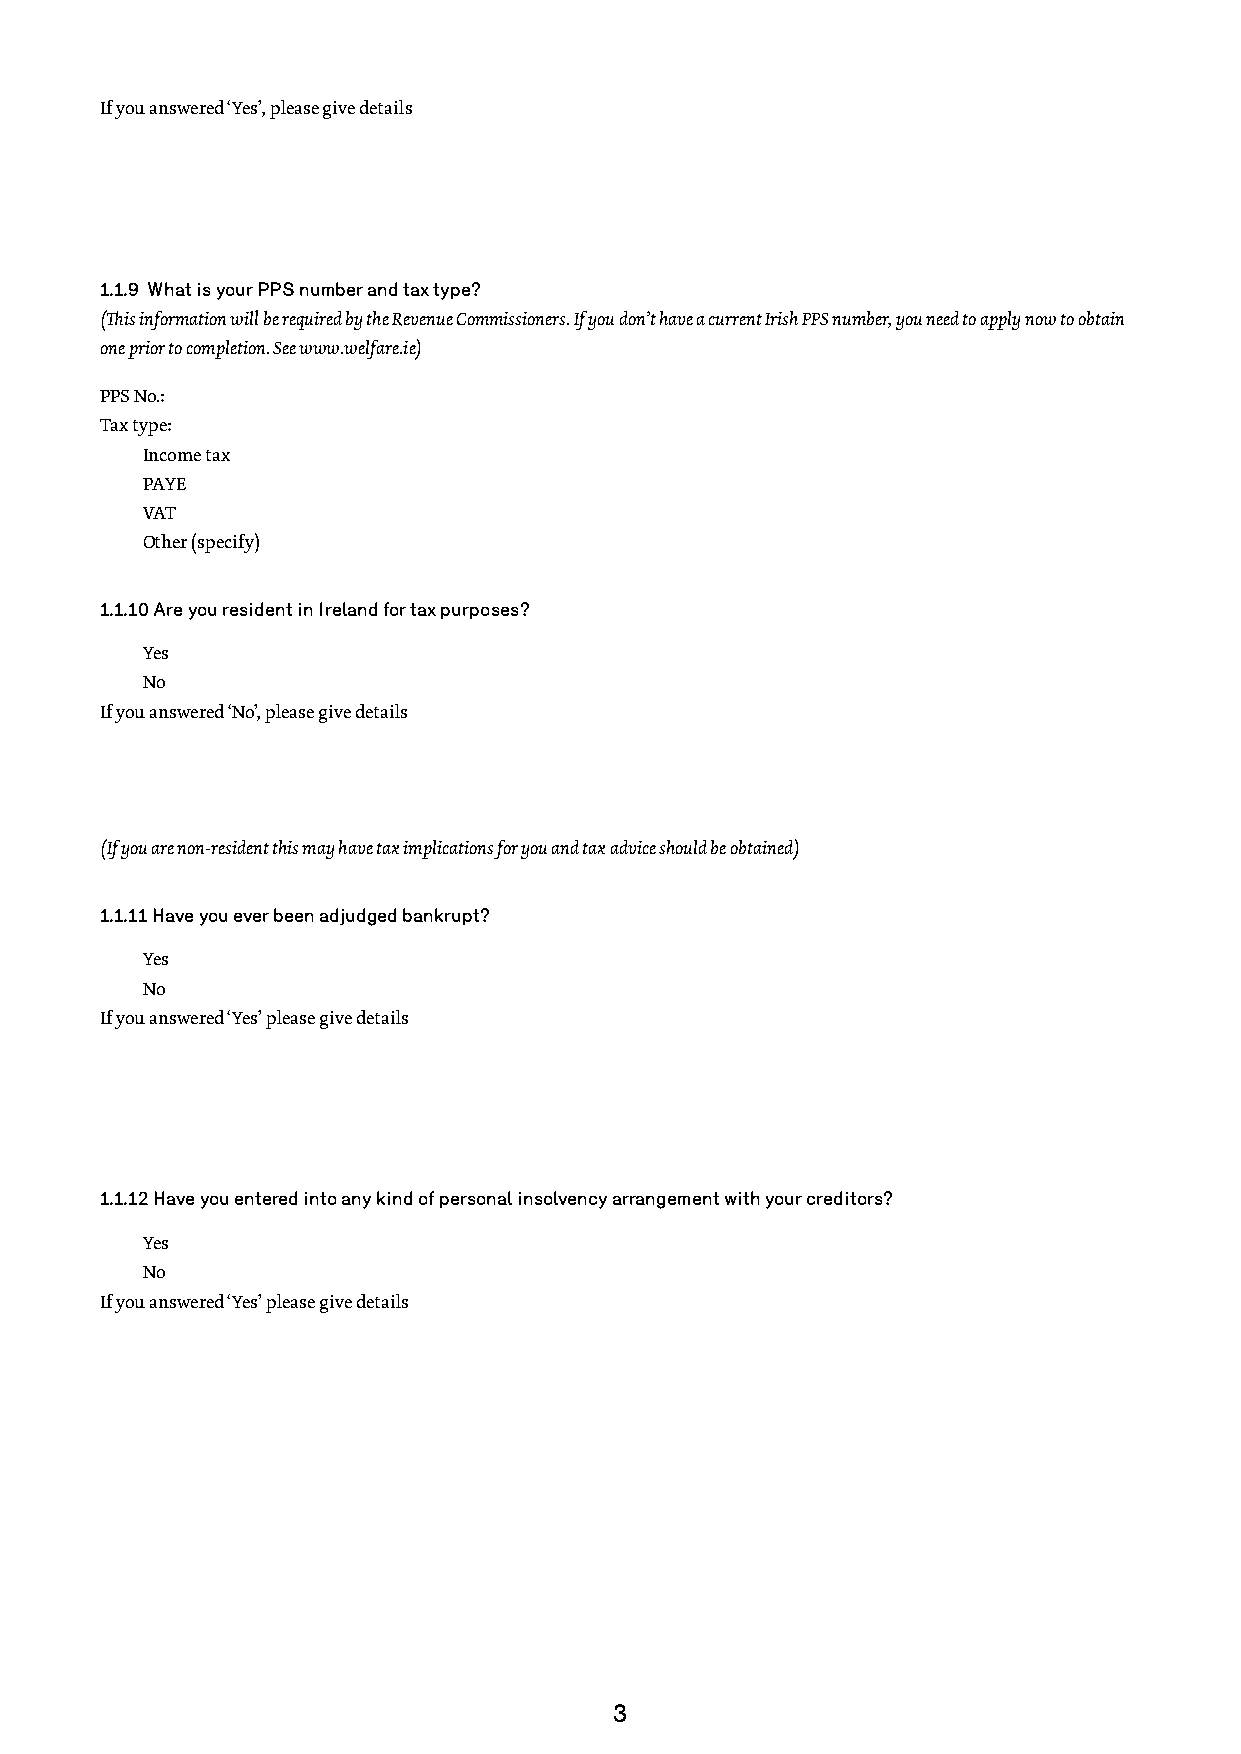
If you answered ‘Yes’, please give details
 1.1.9 What is your PPS number and tax type?
 (This information will be required by the Revenue Commissioners. If you don’t have a current Irish PPS number, you need to apply now to obtain
 one prior to completion. See www.welfare.ie)
 PPS No.:
 Tax type:
 Income tax
 PAYE
 VAT
 Other (specify)
 1.1.10 Are you resident in Ireland for tax purposes?
 Yes
 No
 If you answered ‘No’, please give details
 (If you are non-resident this may have tax implications for you and tax advice should be obtained)
 1.1.11 Have you ever been adjudged bankrupt?
 Yes
 No
 If you answered ‘Yes’ please give details
 1.1.12 Have you entered into any kind of personal insolvency arrangement with your creditors?
 Yes
 No
 If you answered ‘Yes’ please give details
 3